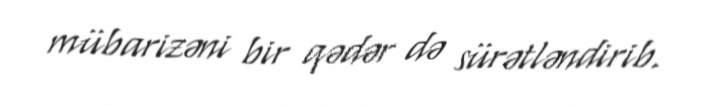
mübarizəni bir qədər də sürətləndirib.